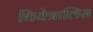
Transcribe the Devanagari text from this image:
थियेत्रालिस